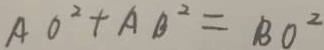
A O ^ { 2 } + A B ^ { 2 } = B O ^ { 2 }